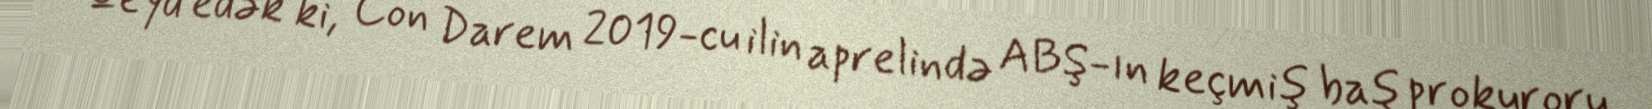
Qeyd edək ki, Con Darem 2019-cu ilin aprelində ABŞ-ın keçmiş baş prokuroru